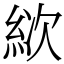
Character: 絘